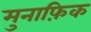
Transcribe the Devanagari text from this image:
मुनाफ़िक